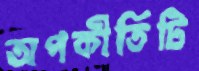
অপকীর্তিটি